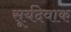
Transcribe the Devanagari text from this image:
सूर्यदेवाक